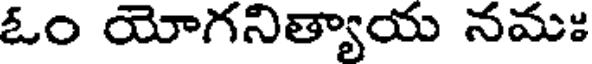
ఓం యోగనిత్యాయ నమః